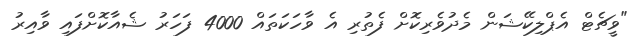
"ވީޗެޓް އެޕްލިކޭޝަން މެދުވެރިކޮށް ފެތުރި އެ ވާހަކަތައް 4000 ފަހަރު ޝެއާކޮށްފައި ވާއިރު